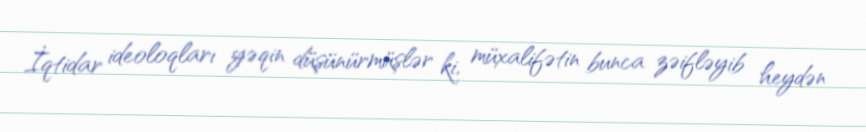
İqtidar ideoloqları yəqin düşünürmüşlər ki, müxalifətin bunca zəifləyib heydən